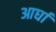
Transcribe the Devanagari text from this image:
आर्घा